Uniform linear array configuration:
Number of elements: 12
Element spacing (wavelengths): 0.5
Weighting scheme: cosine
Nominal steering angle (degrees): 45
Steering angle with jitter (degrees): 45.313
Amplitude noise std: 0.05
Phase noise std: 0.05

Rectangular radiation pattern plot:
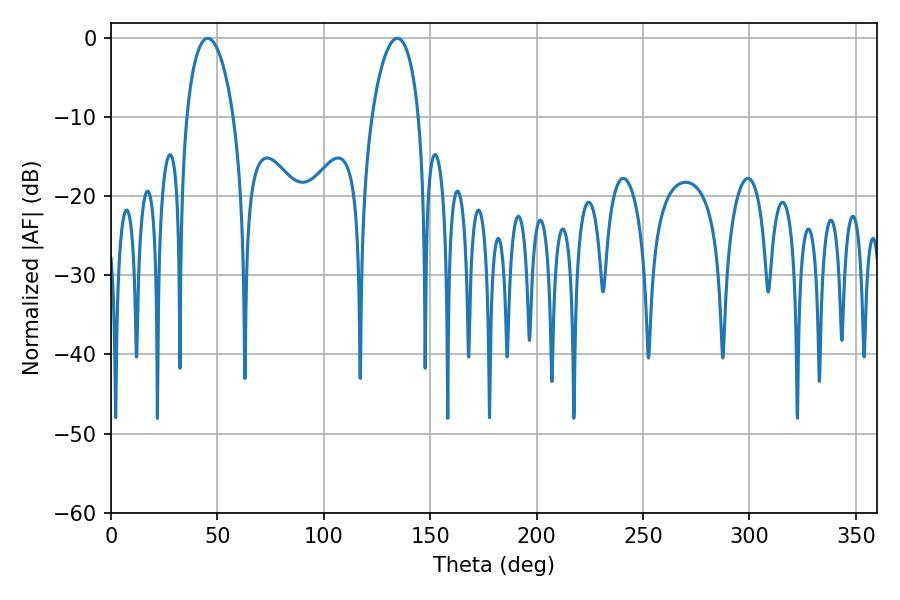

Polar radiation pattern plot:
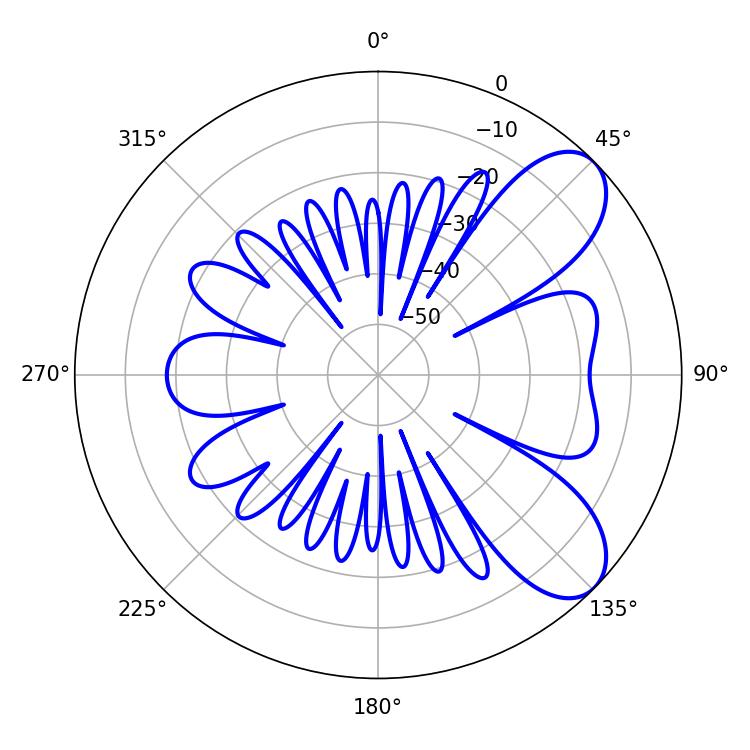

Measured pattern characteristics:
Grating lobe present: FALSE
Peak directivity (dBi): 7.726
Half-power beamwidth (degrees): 12.42
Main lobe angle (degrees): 45.36